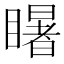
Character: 𭿦